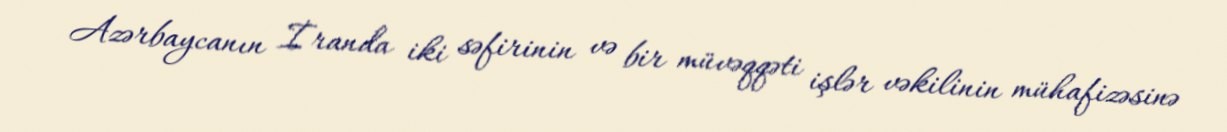
Azərbaycanın İranda iki səfirinin və bir müvəqqəti işlər vəkilinin mühafizəsinə